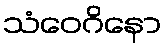
သံဝေဂိနော